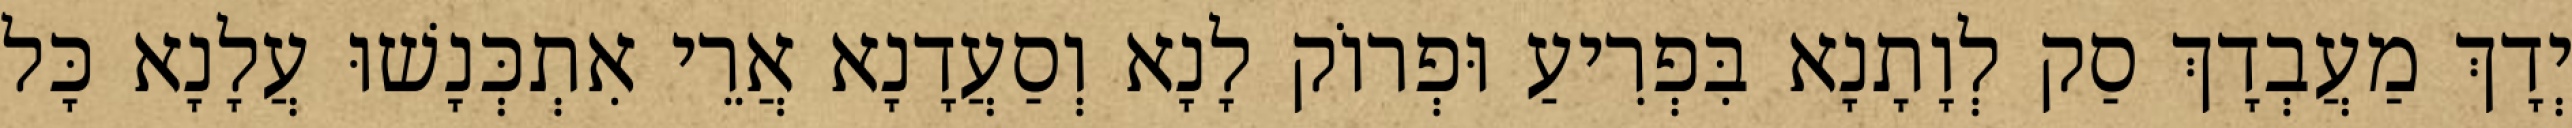
יְדָךְ מַעֲבְדָךְ סַק לְוָתָנָא בִּפְרִיעַ וּפְרוֹק לָנָא וְסַעֲדָנָא אֲרֵי אִתְכְּנָשׁוּ עֲלָנָא כָּל